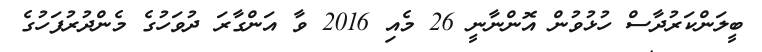
ބީލަންކަރުދާސް ހުޅުވުން އޮންނާނީ 26 މެއި 2016 ވާ އަންގާރަ ދުވަހުގެ މެންދުރުފަހުގެ